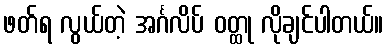
ဖတ်ရ လွယ်တဲ့ အင်္ဂလိပ် ဝတ္ထု လိုချင်ပါတယ်။